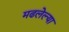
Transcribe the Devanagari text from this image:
मढलेल्या